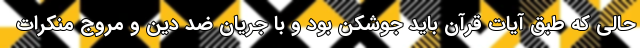
حالی که طبق آیات قرآن باید جوّشکن بود و با جریان ضد دین و مروج منکرات